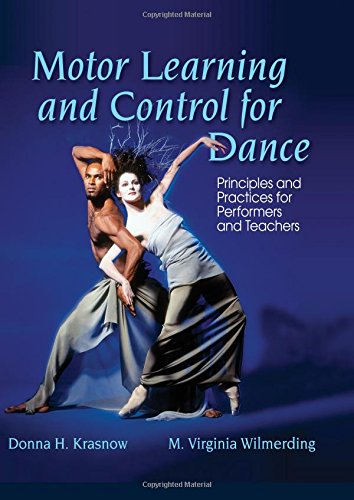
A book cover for Motor Learning and Control for Dance: Principles and Practices for Performers and Teachers; Donna Krasnow; Humor & Entertainment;